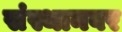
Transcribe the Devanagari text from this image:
संस्थानवर